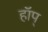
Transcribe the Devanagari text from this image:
हॉप्